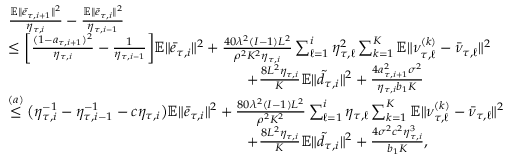
\begin{array} { r l } & { \frac { \mathbb { E } \| \bar { e } _ { \tau , i + 1 } \| ^ { 2 } } { \eta _ { \tau , i } } - \frac { \mathbb { E } \| \bar { e } _ { \tau , i } \| ^ { 2 } } { \eta _ { \tau , i - 1 } } } \\ & { \leq \bigg [ \frac { ( 1 - a _ { \tau , i + 1 } ) ^ { 2 } } { \eta _ { \tau , i } } - \frac { 1 } { \eta _ { \tau , i - 1 } } \bigg ] \mathbb { E } \| \bar { e } _ { \tau , i } \| ^ { 2 } + \frac { 4 0 \lambda ^ { 2 } ( I - 1 ) L ^ { 2 } } { \rho ^ { 2 } K ^ { 2 } \eta _ { \tau , i } } \sum _ { \ell = 1 } ^ { i } \eta _ { \tau , \ell } ^ { 2 } \sum _ { k = 1 } ^ { K } \mathbb { E } \| \nu _ { \tau , \ell } ^ { ( k ) } - \bar { \nu } _ { \tau , \ell } \| ^ { 2 } } \\ & { \qquad \qquad \qquad \qquad \qquad \qquad \qquad \qquad + \frac { 8 L ^ { 2 } \eta _ { \tau , i } } { K } \mathbb { E } \| \tilde { d } _ { \tau , i } \| ^ { 2 } + \frac { 4 a _ { \tau , i + 1 } ^ { 2 } \sigma ^ { 2 } } { \eta _ { \tau , i } b _ { 1 } K } } \\ & { \overset { ( a ) } { \leq } \big ( \eta _ { \tau , i } ^ { - 1 } - \eta _ { \tau , i - 1 } ^ { - 1 } - c \eta _ { \tau , i } \big ) \mathbb { E } \| \bar { e } _ { \tau , i } \| ^ { 2 } + \frac { 8 0 \lambda ^ { 2 } ( I - 1 ) L ^ { 2 } } { \rho ^ { 2 } K ^ { 2 } } \sum _ { \ell = 1 } ^ { i } \eta _ { \tau , \ell } \sum _ { k = 1 } ^ { K } \mathbb { E } \| \nu _ { \tau , \ell } ^ { ( k ) } - \bar { \nu } _ { \tau , \ell } \| ^ { 2 } } \\ & { \qquad \qquad \qquad \qquad \qquad \qquad \qquad \qquad + \frac { 8 L ^ { 2 } \eta _ { \tau , i } } { K } \mathbb { E } \| \tilde { d } _ { \tau , i } \| ^ { 2 } + \frac { 4 \sigma ^ { 2 } c ^ { 2 } \eta _ { \tau , i } ^ { 3 } } { b _ { 1 } K } , } \end{array}